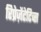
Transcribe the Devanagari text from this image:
रिप्रेज़ेंटेटिव्स